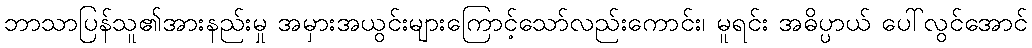
ဘာသာပြန်သူ၏အားနည်းမှု အမှားအယွင်းများကြောင့်သော်လည်းကောင်း၊ မူရင်း အဓိပ္ပာယ် ပေါ်လွင်အောင်